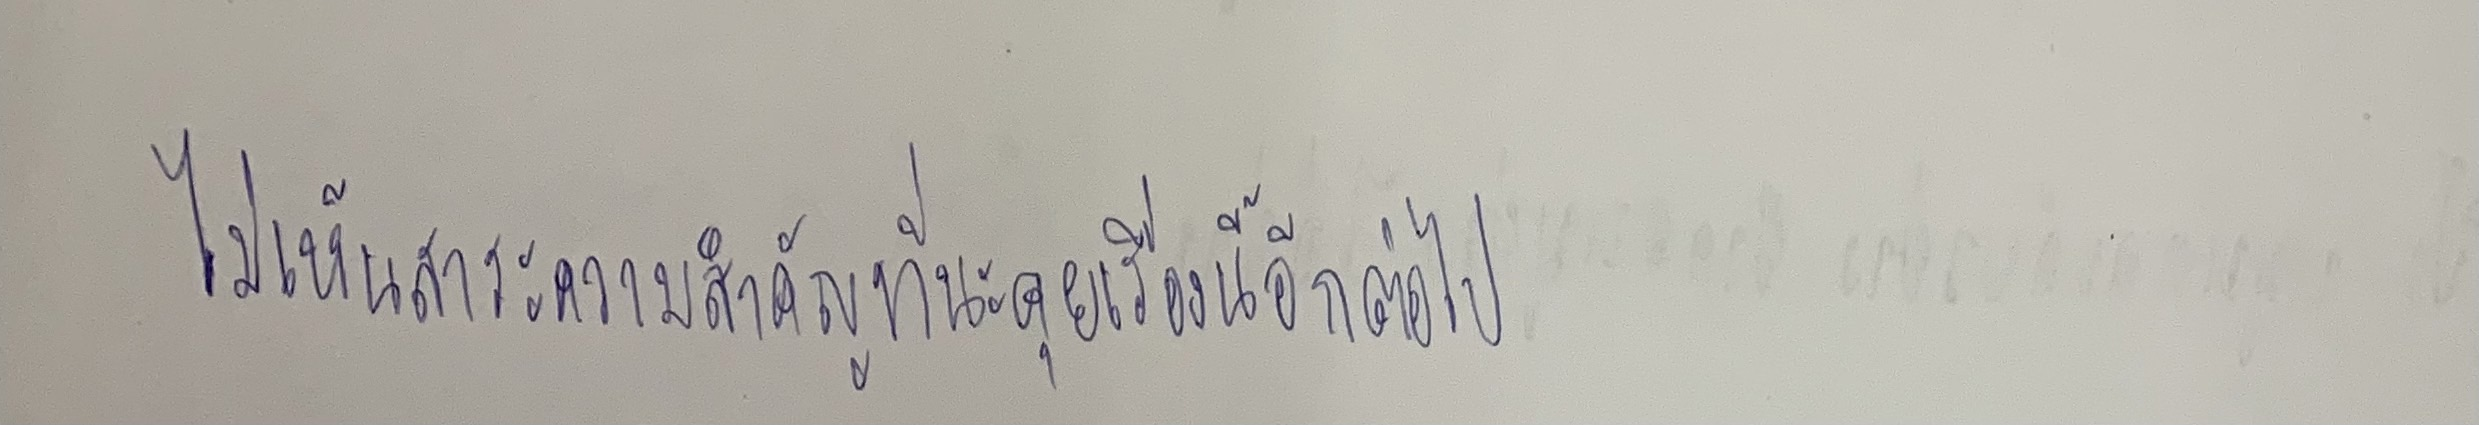
ไม่เห็นสาระและความสำคัญที่นะคุยเรื่องนี้อีกต่อไป